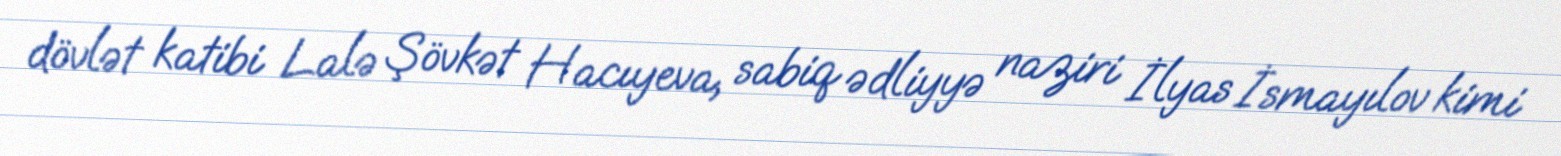
dövlət katibi Lalə Şövkət Hacıyeva, sabiq ədliyyə naziri İlyas İsmayılov kimi